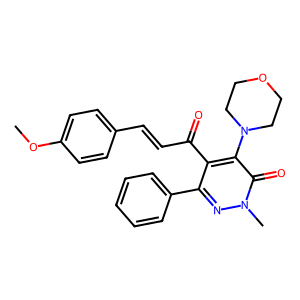
SMILES: COc1ccc(C=CC(=O)c2c(-c3ccccc3)nn(C)c(=O)c2N2CCOCC2)cc1
Inhibits HIV replication: No